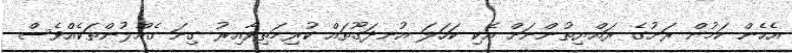
އެހެން ކަމުން ރަށުގެ ރައްޔިތުންނަށް އެކި ކަހަލަ އުނދަގޫތައް ކުރިމަތިވާއިރު ގިނަ ގެއްލުންތަކެއްވެސް